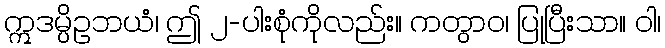
ဣဒမ္ပိဥဘယံ၊ ဤ ၂-ပါးစုံကိုလည်း။ ကတွာဝ၊ ပြုပြီးသာ။ ဝါ၊